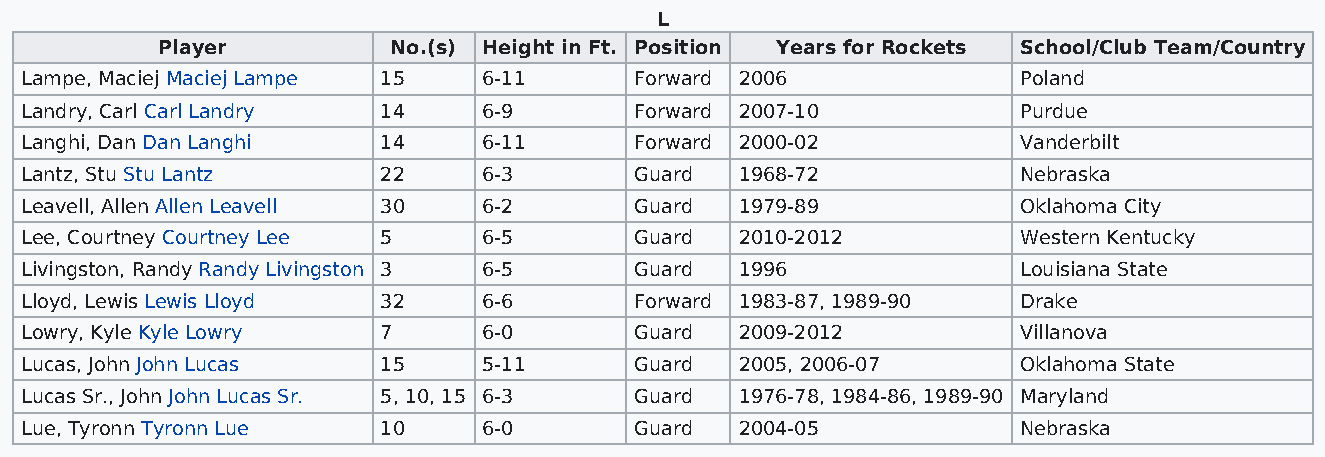
L
 Player          No.(s) Height in Ft. Position Years for Rockets School/Club Team/Country
 Lampe, Maciej Maciej Lampe 15  6-11      Forward 2006              Poland
 Landry, Carl Carl Landry 14    6-9       Forward 2007-10           Purdue
 Langhi, Dan Dan Langhi  14     6-11      Forward 2000-02           Vanderbilt
 Lantz, Stu Stu Lantz    22     6-3       Guard  1968-72            Nebraska
 Leavell, Allen Allen Leavell 30 6-2      Guard  1979-89            Oklahoma City
 Lee, Courtney Courtney Lee 5   6-5       Guard  2010-2012          Western Kentucky
 Livingston, Randy Randy Livingston 3 6-5 Guard  1996               Louisiana State
 Lloyd, Lewis Lewis Lloyd 32    6-6       Forward 1983-87, 1989-90  Drake
 Lowry, Kyle Kyle Lowry  7      6-0       Guard  2009-2012          Villanova
 Lucas, John John Lucas  15     5-11      Guard  2005, 2006-07      Oklahoma State
 Lucas Sr., John John Lucas Sr. 5, 10, 15 6-3 Guard 1976-78, 1984-86, 1989-90 Maryland
 Lue, Tyronn Tyronn Lue  10     6-0       Guard  2004-05            Nebraska